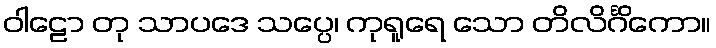
ဝါဠော တု သာပဒေ သပ္ပေ၊ ကုရူရေ သော တိလိင်္ဂိကော။